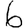
Digit: 6